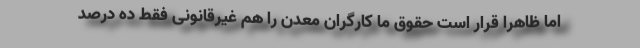
اما ظاهراً قرار است حقوق ما کارگران معدن را هم غیرقانونی فقط ده درصد